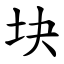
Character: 块